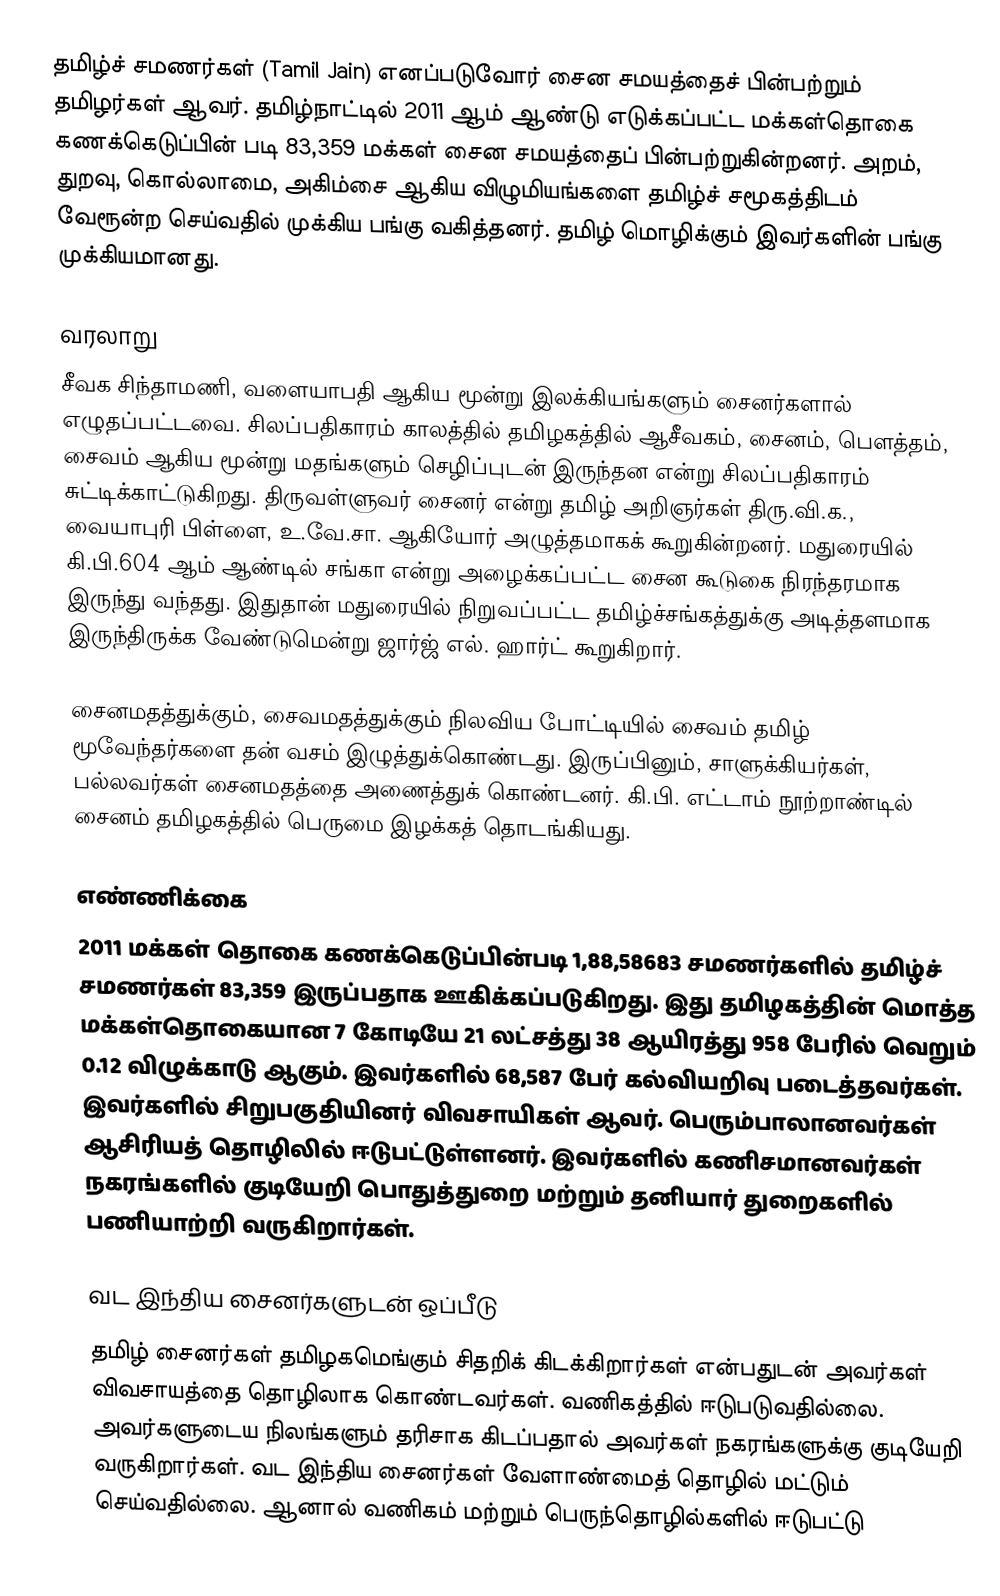
தமிழ்ச் சமணர்கள் (Tamil Jain) எனப்படுவோர் சைன சமயத்தைச் பின்பற்றும் தமிழர்கள் ஆவர். தமிழ்நாட்டில் 2011 ஆம் ஆண்டு எடுக்கப்பட்ட மக்கள்தொகை கணக்கெடுப்பின் படி 83,359 மக்கள் சைன சமயத்தைப் பின்பற்றுகின்றனர். அறம், துறவு, கொல்லாமை, அகிம்சை ஆகிய விழுமியங்களை தமிழ்ச் சமூகத்திடம் வேரூன்ற செய்வதில் முக்கிய பங்கு வகித்தனர். தமிழ் மொழிக்கும் இவர்களின் பங்கு முக்கியமானது.

வரலாறு
சீவக சிந்தாமணி, வளையாபதி ஆகிய மூன்று இலக்கியங்களும் சைனர்களால் எழுதப்பட்டவை. சிலப்பதிகாரம் காலத்தில் தமிழகத்தில் ஆசீவகம், சைனம், பௌத்தம், சைவம் ஆகிய மூன்று மதங்களும் செழிப்புடன் இருந்தன என்று சிலப்பதிகாரம் சுட்டிக்காட்டுகிறது. திருவள்ளுவர் சைனர் என்று தமிழ் அறிஞர்கள் திரு.வி.க., வையாபுரி பிள்ளை, உ.வே.சா. ஆகியோர் அழுத்தமாகக் கூறுகின்றனர்.  மதுரையில் கி.பி.604 ஆம் ஆண்டில்  சங்கா என்று அழைக்கப்பட்ட சைன கூடுகை நிரந்தரமாக இருந்து வந்தது. இதுதான் மதுரையில் நிறுவப்பட்ட தமிழ்ச்சங்கத்துக்கு அடித்தளமாக இருந்திருக்க வேண்டுமென்று ஜார்ஜ் எல். ஹார்ட் கூறுகிறார்.

சைனமதத்துக்கும், சைவமதத்துக்கும் நிலவிய போட்டியில் சைவம் தமிழ் மூவேந்தர்களை தன் வசம் இழுத்துக்கொண்டது. இருப்பினும், சாளுக்கியர்கள், பல்லவர்கள் சைனமதத்தை அணைத்துக் கொண்டனர். கி.பி. எட்டாம் நூற்றாண்டில் சைனம் தமிழகத்தில் பெருமை இழக்கத் தொடங்கியது.

எண்ணிக்கை
2011 மக்கள் தொகை கணக்கெடுப்பின்படி 1,88,58683 சமணர்களில் தமிழ்ச் சமணர்கள் 83,359 இருப்பதாக ஊகிக்கப்படுகிறது. இது தமிழகத்தின் மொத்த மக்கள்தொகையான 7 கோடியே 21 லட்சத்து 38 ஆயிரத்து 958 பேரில் வெறும் 0.12 விழுக்காடு ஆகும். இவர்களில் 68,587 பேர் கல்வியறிவு படைத்தவர்கள். இவர்களில் சிறுபகுதியினர் விவசாயிகள் ஆவர். பெரும்பாலானவர்கள் ஆசிரியத் தொழிலில் ஈடுபட்டுள்ளனர். இவர்களில் கணிசமானவர்கள் நகரங்களில் குடியேறி பொதுத்துறை மற்றும் தனியார் துறைகளில் பணியாற்றி வருகிறார்கள்.

வட இந்திய சைனர்களுடன் ஒப்பீடு
தமிழ் சைனர்கள் தமிழகமெங்கும் சிதறிக் கிடக்கிறார்கள் என்பதுடன் அவர்கள் விவசாயத்தை தொழிலாக கொண்டவர்கள். வணிகத்தில் ஈடுபடுவதில்லை.  அவர்களுடைய நிலங்களும் தரிசாக கிடப்பதால் அவர்கள் நகரங்களுக்கு குடியேறி வருகிறார்கள். வட இந்திய சைனர்கள் வேளாண்மைத் தொழில் மட்டும் செய்வதில்லை. ஆனால் வணிகம் மற்றும் பெருந்தொழில்களில் ஈடுபட்டு